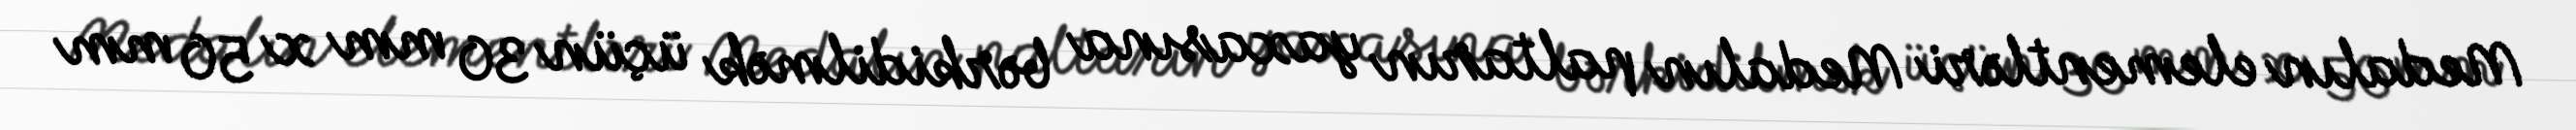
Medalın elementləri Medalın paltarın yaxasına bərkidilmək üçün 30 mm x 50 mm